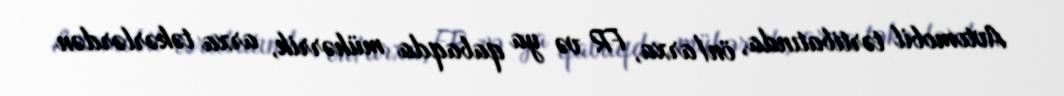
Avtomobil tərtibatında, ön/arxa, FR və ya qabaqda mühərrik, arxa təkərlərdən